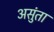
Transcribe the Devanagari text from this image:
असुंता